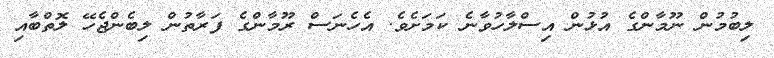
ލިބުމުން ނޫމާންގެ އުޅުން އިސްލާހުވާނެ ކަމަށެވެ. އެހެނަސް ރޫމާންގެ ފަރާތުން ލިބެންޖެހޭ ލޮތްބާއި